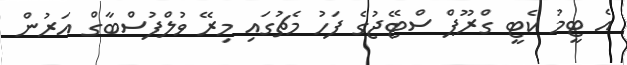
އެ ޓީމު ކެޓީ ގްރޫޕް ސްޓޭޖުގެ ފަހު މެޗުގައި މިރޭ ވުލްފުސްބާގް އަރުން